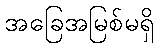
အခြေအမြစ်မရှိ